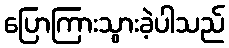
ပြောကြားသွားခဲ့ပါသည်